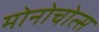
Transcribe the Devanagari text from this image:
मोनोचोत्स